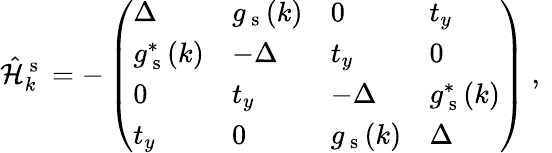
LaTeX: \hat{\mathcal{H}}_{k}^{\mathrm{~s~}}=-\left(\begin{array}{llll}{\Delta}&{g_{\mathrm{~s~}}(k)}&{0}&{t_{y}}\\ {g_{\mathrm{~s~}}^{*}(k)}&{-\Delta}&{t_{y}}&{0}\\ {0}&{t_{y}}&{-\Delta}&{g_{\mathrm{~s~}}^{*}(k)}\\ {t_{y}}&{0}&{g_{\mathrm{~s~}}(k)}&{\Delta}\end{array}\right)\mathrm{~,~}